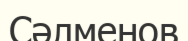
Сәлменов